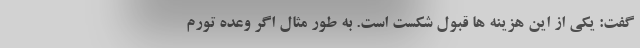
گفت: یکی از این هزینه ها قبول شکست است. به طور مثال اگر وعده تورم